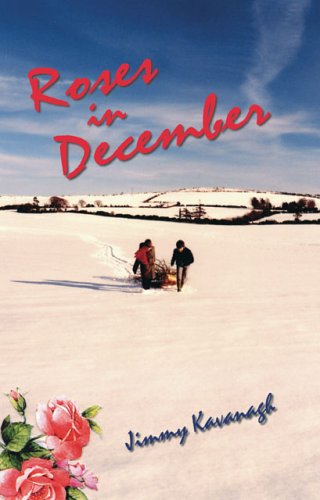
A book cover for Roses in December; Jimmy Kavanagh; Biographies & Memoirs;